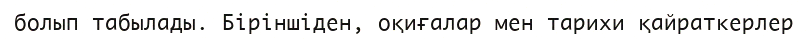
болып табылады. Біріншіден, оқиғалар мен тарихи қайраткерлер